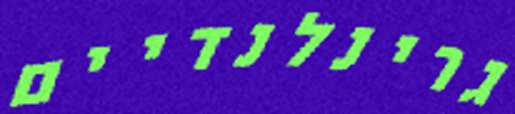
גרינלנדיים